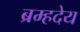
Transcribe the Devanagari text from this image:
ब्रम्हदेय